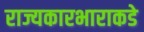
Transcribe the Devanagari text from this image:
राज्यकारभाराकडे